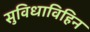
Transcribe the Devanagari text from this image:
सुविधाविहिन